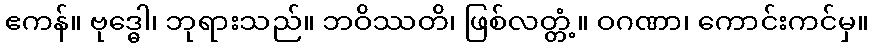
ဧကန်။ ဗုဒ္ဓေါ၊ ဘုရားသည်။ ဘဝိဿတိ၊ ဖြစ်လတ္တံ့။ ဝဂဏာ၊ ကောင်းကင်မှ။